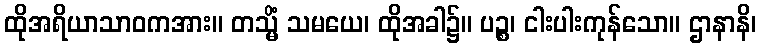
ထိုအရိယာသာဝကအား။ တသ္မိံ သမယေ၊ ထိုအခါ၌။ ပဉ္စ၊ ငါးပါးကုန်သော။ ဌာနာနိ၊